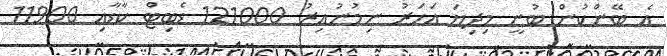
އެ ބޭންކުން ބުނީ މިދިޔަ އަހަރު ނިމުނުއިރު 121000 ޑެބިޓް ކާޑާއި 11900